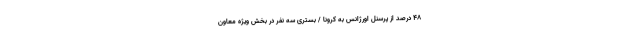
۴۸ درصد از پرسنل اورژانس به کرونا / بستری سه نفر در بخش ویژه معاون